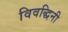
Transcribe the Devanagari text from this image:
विवद्धिनी